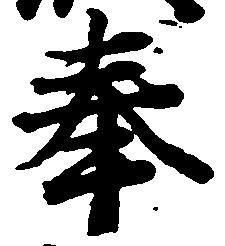
奉